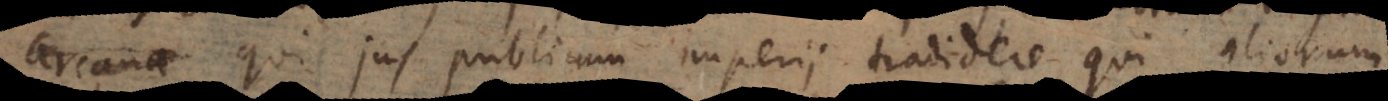
arcana qui jus publicum imperii tradidere, qui aliorum